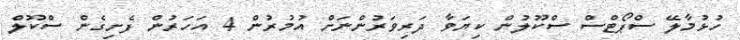
ހުޅުމާލޭ ސްޕޯޓްސް ސްކޫލުން ކިޔަވާ ދަރިވަރުންނަށް އުމުރުން 4 އަހަރުން ފެށިގެން ސްކޫލް